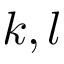
k , l